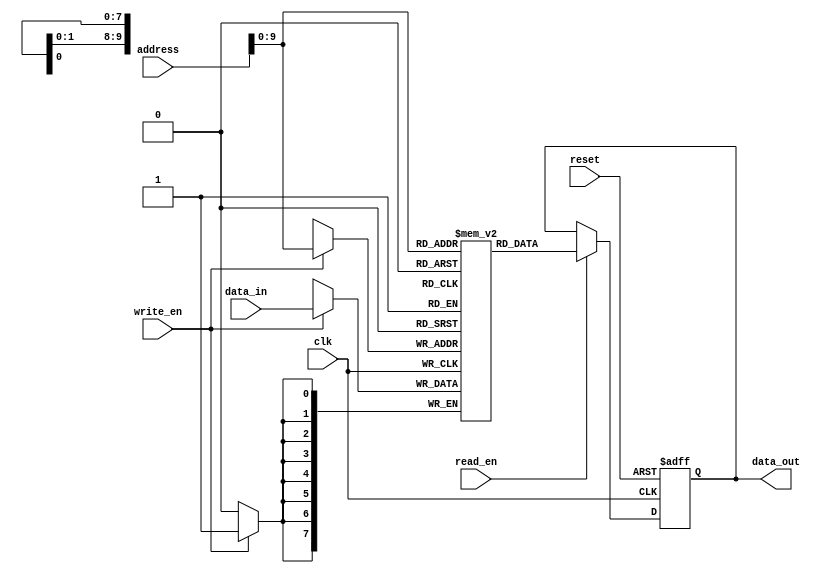
module memory_block(
  input wire clk,
  input wire reset,
  input wire [15:0] address,
  input wire [7:0] data_in,
  output reg [7:0] data_out,
  input wire read_en,
  input wire write_en
);

parameter NUM_MEMORY_LOCATIONS = 1024; // Specify the number of memory locations
parameter BITS_PER_LOCATION = 8; // Specify the number of bits per memory location

reg [7:0] memory [0:NUM_MEMORY_LOCATIONS-1]; // Memory array to store data

always @ (posedge clk or posedge reset)
begin
  if(reset)
    data_out <= 8'b00000000;
  else if(read_en)
    data_out <= memory[address];
end

always @ (posedge clk)
begin
  if(write_en)
    memory[address] <= data_in;
end

endmodule